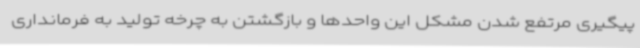
پیگیری مرتفع شدن مشکل این واحدها و بازگشتن به چرخه تولید به فرمانداری